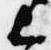
上